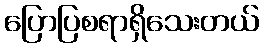
ပြောပြစရာရှိသေးတယ်